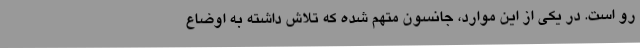
رو است. در یکی از این موارد، جانسون متهم شده که تلاش داشته به اوضاع